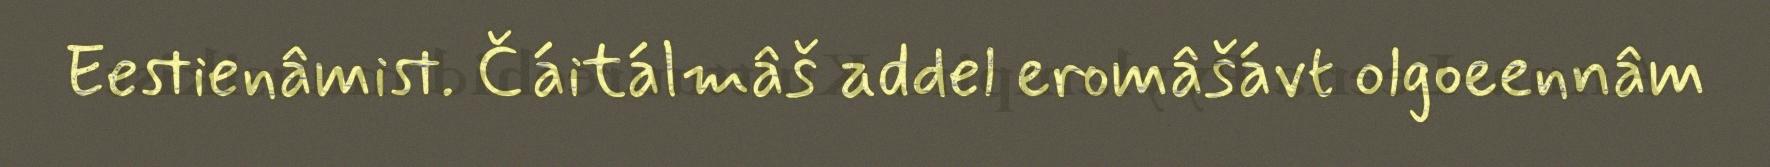
Eestienâmist. Čáitálmâš addel eromâšávt olgoeennâm